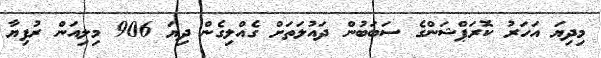
މިދިޔަ އަހަރު ކޮރަޕްޝަންގެ ސަބަބުން ދައުލަތަށް ގެއްލިގެން ދިޔަ 906 މިލިއަން ރުފިޔާ